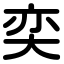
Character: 奕